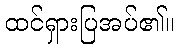
ထင်ရှားပြအပ်၏။